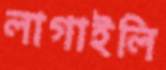
লাগাইলি